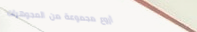
أروع مجموعة من المجوهرات